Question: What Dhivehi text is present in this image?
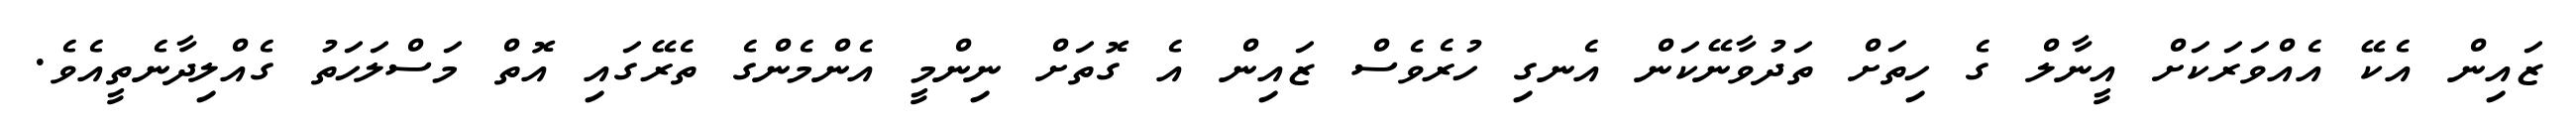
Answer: ޒައިން އެކޭ އެއްވަރަކަށް އީނާލް ގެ ހިތަށް ތަދުވާނޭކަން އެނގި ހުރެވެސް ޒައިން އެ ގޮތަށް ނިންމީ އެންމެންގެ ތެރޭގައި އޮތް މަސްލަހަތު ގެއްލިދާނެތީއެވެ.